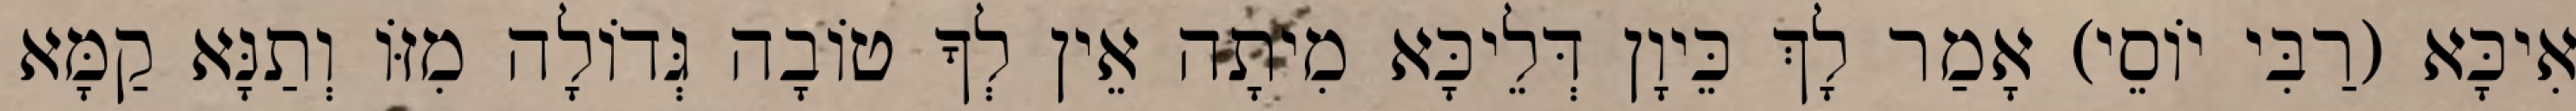
אִיכָּא (רַבִּי יוֹסֵי) אָמַר לָךְ כֵּיוָן דְּלֵיכָּא מִיתָה אֵין לְךָ טוֹבָה גְּדוֹלָה מִזּוֹ וְתַנָּא קַמָּא